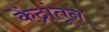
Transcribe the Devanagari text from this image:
केंद्रांतून